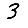
Digit: 3